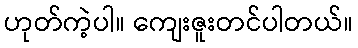
ဟုတ်ကဲ့ပါ။ ကျေးဇူးတင်ပါတယ်။